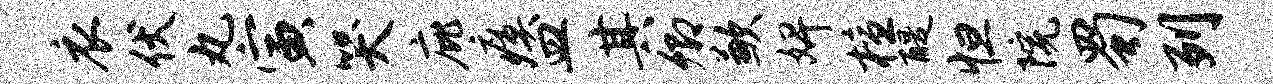
衣伏丸寅哭庇瘼皿其卿歉婢檀醍怛院蜀列